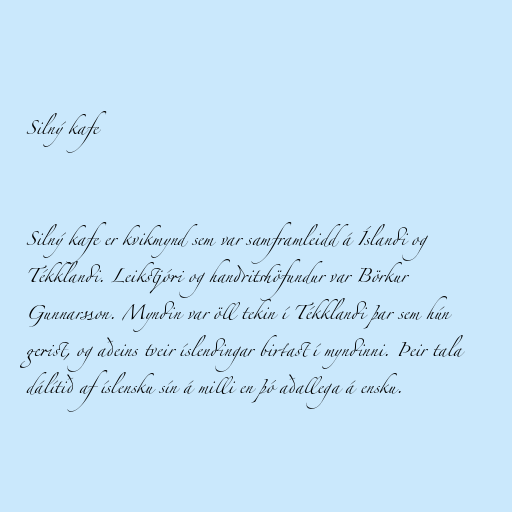
Silný kafe

Silný kafe er kvikmynd sem var samframleidd á Íslandi og
Tékklandi. Leikstjóri og handritshöfundur var Börkur
Gunnarsson. Myndin var öll tekin í Tékklandi þar sem hún
gerist, og aðeins tveir íslendingar birtast í myndinni. Þeir tala
dálítið af íslensku sín á milli en þó aðallega á ensku.